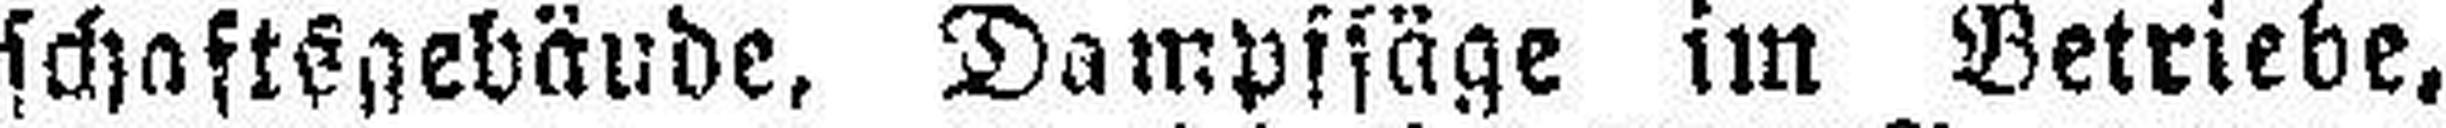
schaftsgebäude, Dampfsäge im Betriebe,